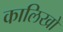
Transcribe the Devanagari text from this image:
कालिखो